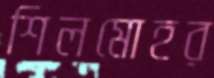
শিলমোহর